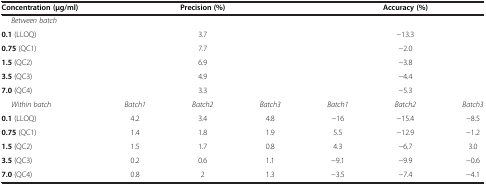
| Concentration (μg/ml) | <COLSPAN=3> Precision (%) | <COLSPAN=3> Accuracy (%) |
 | --- | --- | --- | --- | --- | --- | --- |
 | <COLSPAN=7> Between batch |
 | 0.1 (LLOQ) | <COLSPAN=3> 3.7 | <COLSPAN=3> −13.3 |
 | 0.75 (QC1) | <COLSPAN=3> 7.7 | <COLSPAN=3> −2.0 |
 | 1.5 (QC2) | <COLSPAN=3> 6.9 | <COLSPAN=3> −3.8 |
 | 3.5 (QC3) | <COLSPAN=3> 4.9 | <COLSPAN=3> −4.4 |
 | 7.0 (QC4) | <COLSPAN=3> 3.3 | <COLSPAN=3> −5.3 |
 | Within batch | Batch1 | Batch2 | Batch3 | Batch1 | Batch2 | Batch3 |
 | 0.1 (LLOQ) | 4.2 | 3.4 | 4.8 | −16 | −15.4 | −8.5 |
 | 0.75 (QC1) | 1.4 | 1.8 | 1.9 | 5.5 | −12.9 | −1.2 |
 | 1.5 (QC2) | 1.5 | 1.7 | 0.8 | 4.3 | −6.7 | 3.0 |
 | 3.5 (QC3) | 0.2 | 0.6 | 1.1 | −9.1 | −9.9 | −0.6 |
 | 7.0 (QC4) | 0.8 | 2 | 1.3 | −3.5 | −7.4 | −4.1 |